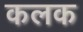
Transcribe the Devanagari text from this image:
कलक